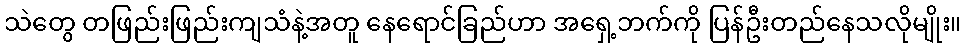
သဲတွေ တဖြည်းဖြည်းကျသံနဲ့အတူ နေရောင်ခြည်ဟာ အရှေ့ဘက်ကို ပြန်ဦးတည်နေသလိုမျိုး။